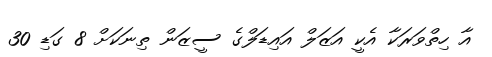
އާ ހިތްވަރަކާ އެކީ އަޒަލް އައިޑަލްގެ ސީޒަން ތިނަކަށް 8 ގަޑި 30